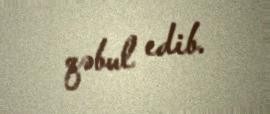
qəbul edib.